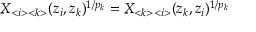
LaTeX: X _ { < i > < k > } ( z _ { i } , z _ { k } ) ^ { 1 / p _ { k } } = X _ { < k > < i > } ( z _ { k } , z _ { i } ) ^ { 1 / p _ { k } }